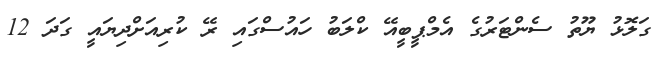
ގަލޮޅު ޔޫތު ސެންޓަރުގެ އެމްޕީބީއޭ ކްލަބު ހައުސްގައި ރޭ ކުރިއަށްދިޔައީ ގަދަ 12